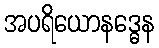
အပရိယောနဒ္ဓေန